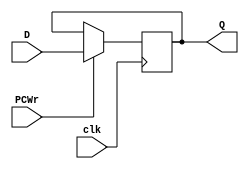
`timescale 1ns / 1ps
//////////////////////////////////////////////////////////////////////////////////
// Company: 
// Engineer: 
// 
// Design Name: 
// Module Name: pc
// Project Name: 
// Target Devices: 
// Tool Versions: 
// Description: 
// 
// Dependencies: 
// 
// Revision:
// Revision 0.01 - File Created
// Additional Comments:
// 
//////////////////////////////////////////////////////////////////////////////////


module pc(
    input clk,
    input PCWr,
    input[31:0] D,
    output reg[31:0] Q
    );
    reg tmp = 0;
    initial
    begin
        Q = 0;
    end
    always@(posedge clk)
    begin
        if(PCWr)
           Q = D;
    end
endmodule